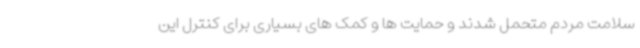
سلامت مردم متحمل شدند و حمایت ها و کمک های بسیاری برای کنترل این